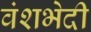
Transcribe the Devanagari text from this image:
वंशभेदी